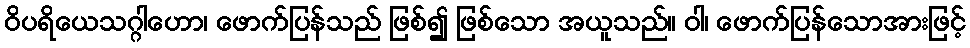
ဝိပရိယေသဂ္ဂါဟော၊ ဖောက်ပြန်သည် ဖြစ်၍ ဖြစ်သော အယူသည်။ ဝါ၊ ဖောက်ပြန်သောအားဖြင့်